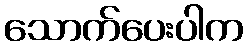
သောက်ပေးပါက